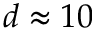
d \approx 1 0